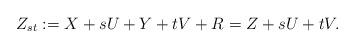
LaTeX: \begin{align*}Z_{st}:=X+sU+Y+tV+R=Z+sU+tV.\end{align*}